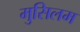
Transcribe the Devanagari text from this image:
मुसिलम